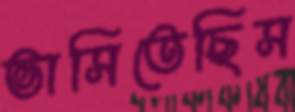
ভাসিতেছিস